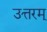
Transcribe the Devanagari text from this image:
उत्तरम्